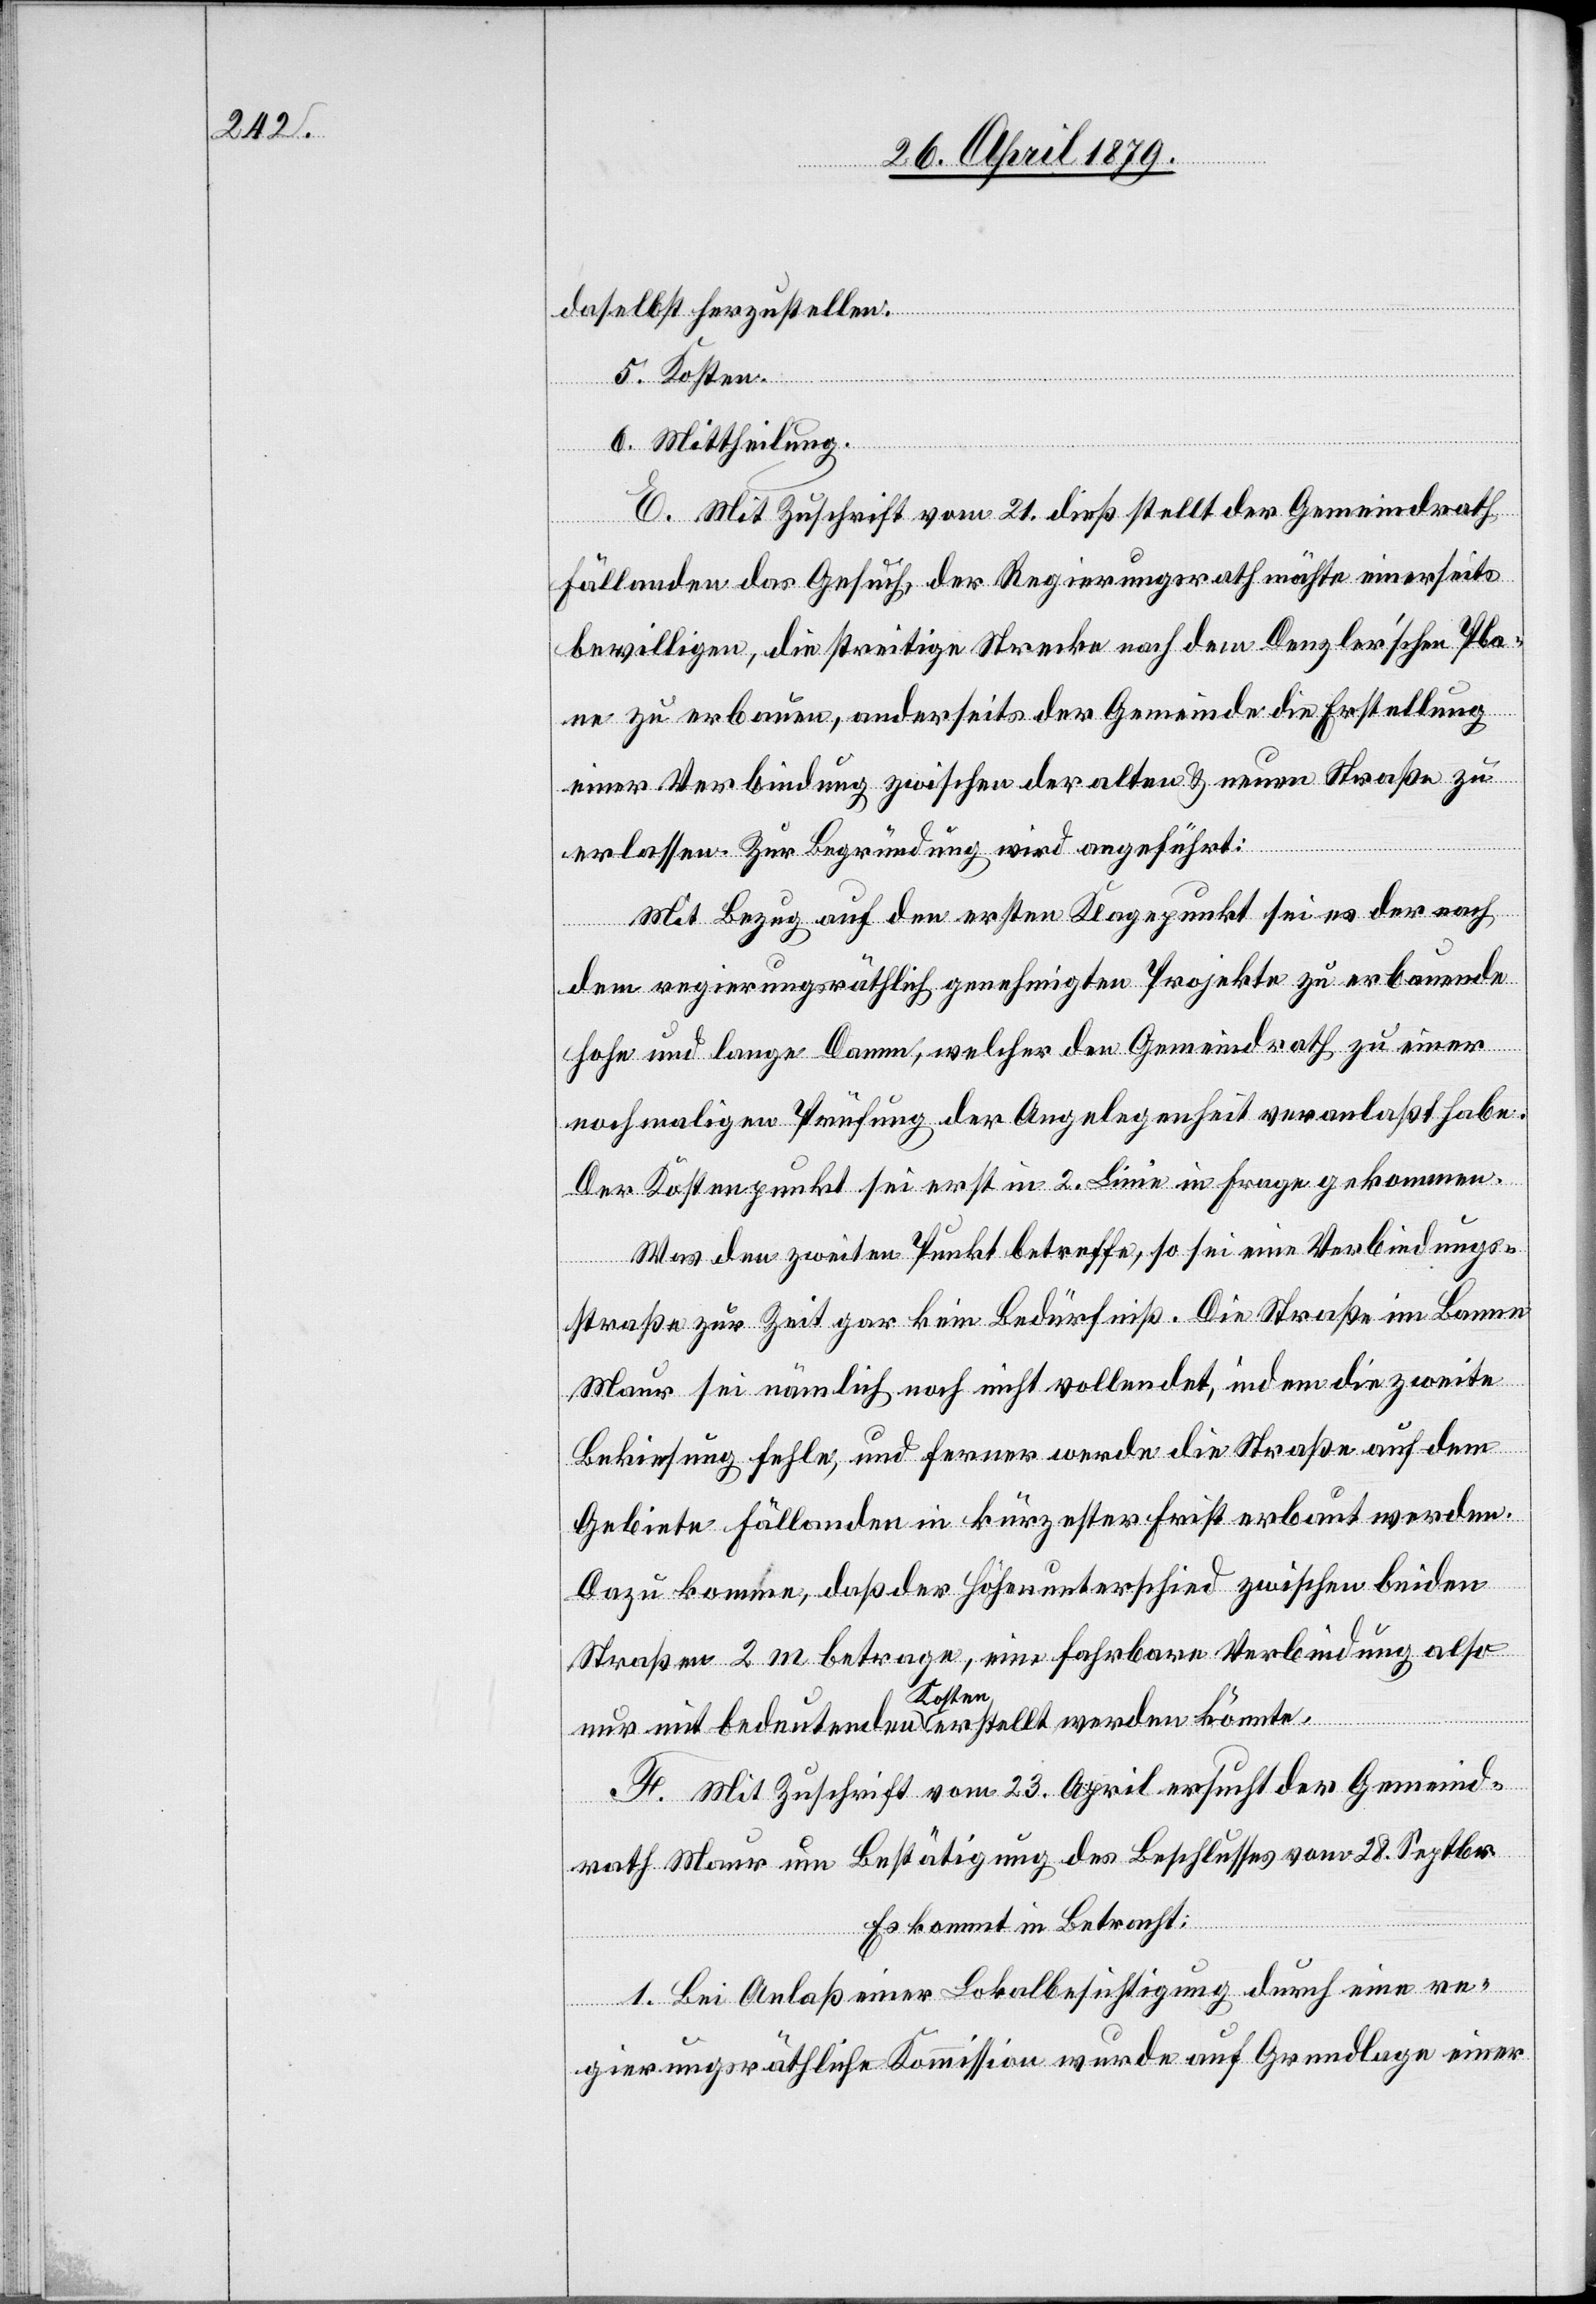
daselbst herzustellen.
5. Kosten.
6. Mittheilung.
E. Mit Zuschrift vom 21. dieß stellt der Gemeindrath
Fällanden das Gesuch, der Regierungsrath möchte einerseits
bewilligen, die streitige Strecke nach dem Denzler’schen Pla¬
ne zu erbauen, anderseits der Gemeinde die Erstellung
einer Verbindung zwischen der alten & neuen Straße zu
erlassen. Zur Begründung wird angeführt:
Mit Bezug auf den ersten Klagepunkt sei es der nach
dem regierungsräthlich genehmigten Projekte zu erbauende
hohe und lange Damm, welcher den Gemeindrath zu einer
nochmaligen Prüfung der Angelegenheit veranlaßt habe.
Der Kostenpunkt sei erst in 2. Linie in Frage gekommen.
Was den zweiten Punkt betreffe, so sei eine Verbindungs¬
straße zur Zeit gar kein Bedürfniß. Die Straße im Banne
Maur sei nämlich noch nicht vollendet, indem die zweite
Bekiesung fehle, und ferner werde die Straße auf dem
Gebiete Fällanden in kürzester Frist erbaut werden.
Dazu komme, daß der Höhenunterschied zwischen beiden
Straßen 2 m betrage, eine fahrbare Verbindung also
nur mit bedeutenden Kosten erstellt werden könnte.
F. Mit Zuschrift vom 23. April ersucht der Gemeind¬
rath Maur um Bestätigung des Beschlusses vom 28. Septbr.
Es kommt in Betracht:
1. Bei Anlaß einer Lokalbesichtigung durch eine re¬
gierungsräthliche Kommission wurde auf Grundlage einer